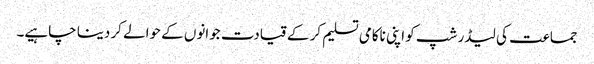
جماعت کی لیڈر شپ کو اپنی ناکامی تسلیم کر کے قیادت جوانوں کے حوالے کر دینا چاہیے۔